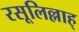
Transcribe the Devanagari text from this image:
रसूलिल्लाह्